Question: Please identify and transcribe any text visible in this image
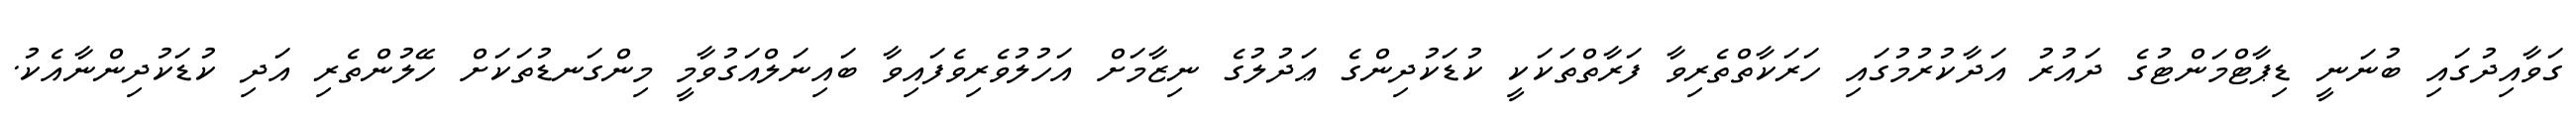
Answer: ގަވާއިދުގައި ބުނަނީ ޑިޕާޓްމަންޓުގެ ދައުރު އަދާކުރުމުގައި ހަރަކާތްތެރިވާ ފަރާތްތަކަކީ ކުޑަކުދިންގެ ޢަދުލުގެ ނިޒާމަށް އަހުލުވެރިވެފައިވާ ބައިނަލްއަގުވާމީ މިންގަނޑުތަކަށް ހޭލުންތެރި އަދި ކުޑަކުދިންނާއެކު.